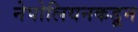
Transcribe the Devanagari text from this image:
नेपोलियनकडून